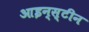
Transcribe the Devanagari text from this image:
आइन्‍स्‍टीन